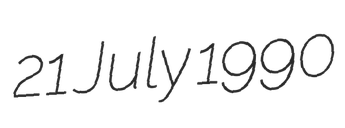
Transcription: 21 July 1990